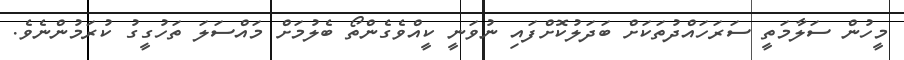
މީހުން ސަލާމަތީ ސަރަހައްދުތަކަށް ބަދަލުކޮށްފައި ނުވަނީ ކީއްވެގެންތޯ ބެލުމަށް މައްސަލަ ތަހުގީގު ކުރަމުންނެވެ.